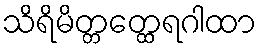
သိရိမိတ္တတ္ထေရဂါထာ